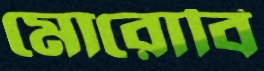
মোরোবি